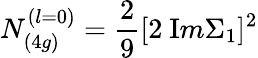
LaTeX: N_{(4g)}^{(l=0)}={\frac{2}{9}}[2\ {\mathrm Im}\Sigma_{1}]^{2}